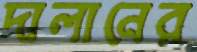
দালানের